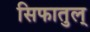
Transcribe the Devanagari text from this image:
सिफातुल्